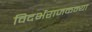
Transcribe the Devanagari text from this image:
विदर्भराजकन्या